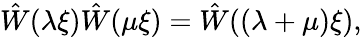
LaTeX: \hat{W}(\lambda\xi)\hat{W}(\mu\xi)=\hat{W}((\lambda+\mu)\xi),